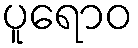
ပူရောဝ